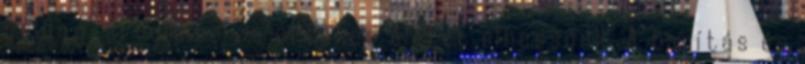
boldog, értelmes és értékes életet élhessünk. A tanítás és